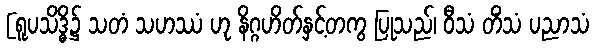
[ရူပသိဒ္ဓိ၌ သတံ သဟဿံ ဟု နိဂ္ဂဟိတ်နှင့်တကွ ပြုသည်၊ ဝီသံ တိံသံ ပညာသံ